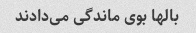
بالها بوی ماندگی می‌دادند